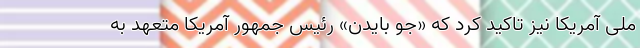
ملی آمریکا نیز تاکید کرد که «جو بایدن» رئیس جمهور آمریکا متعهد به